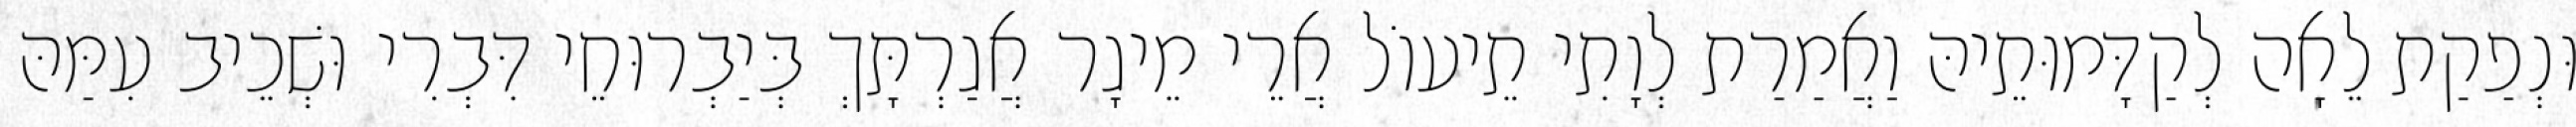
וּנְפַקַת לֵאָה לְקַדָּמוּתֵיהּ וַאֲמַרַת לְוָתִי תֵיעוֹל אֲרֵי מֵיגָר אֲגַרְתָּךְ בְּיַבְרוּחֵי דִּבְרִי וּשְׁכֵיב עִמַּהּ